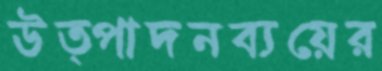
উত্পাদনব্যয়ের